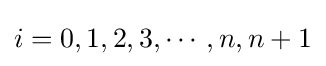
i=0,1,2,3,\cdots ,n,n+1